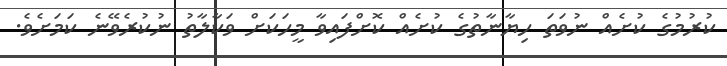
ކުރުމުގެ ކުށެއް ނުވަތަ ހިޔާނާތުގެ ކުށެއް ކޮށްފައިވާ މީހަކަށް ވަކާލާތު ނުކުރެވޭނެ ކަމަށެވެ.